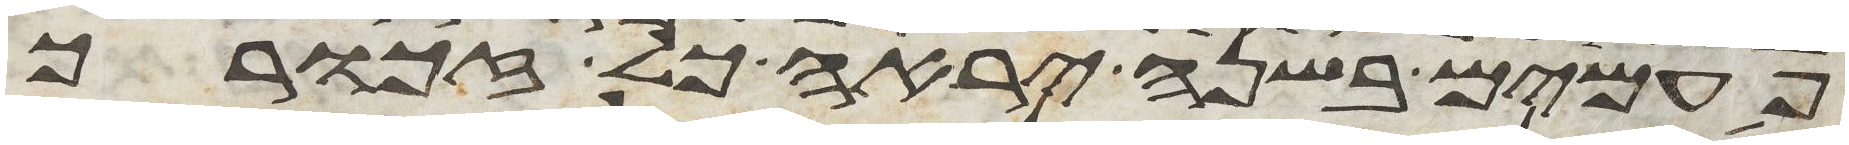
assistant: פעמים בשנה יראה כל זכורך